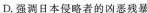
D.强调日本侵略者的凶恶残暴